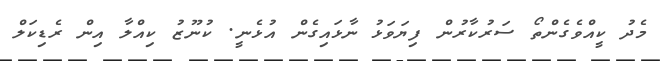
މެދު ކީއްވެގެންތޯ ސަރުކާރުން ފިޔަވަޅު ނާޅައިގެން އުޅެނީ. ކުނޫޒު ކިއްލާ އިން ރެޑިކަލް